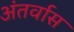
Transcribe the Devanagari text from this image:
अंतर्वास